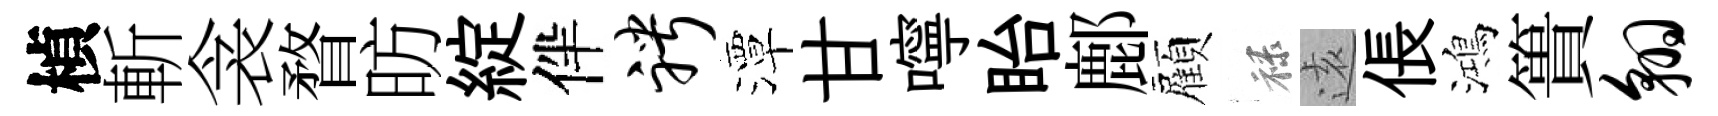
楨斬衾瞀昉綻伴聘潭甘嚀眙鄜顏禄逺倀鴻簣翱